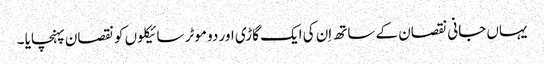
یہاں جانی نقصان کے ساتھ اِن کی ایک گاڑی اور دو موٹر سائیکلوں کو نقصان پہنچایا ۔